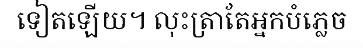
ទៀតឡើយ។ លុះត្រាតែអ្នកបំភ្លេច